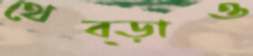
থেব্‌ড়াও